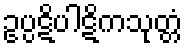
ဥပ္ပဋိပါဋိကသုတ္တံ